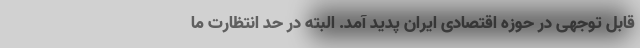
قابل توجهی در حوزه اقتصادی ایران پدید آمد. البته در حد انتظارت ما